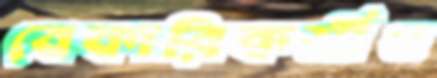
বেকারিকর্মীও